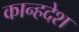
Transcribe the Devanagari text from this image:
कान्हदेश